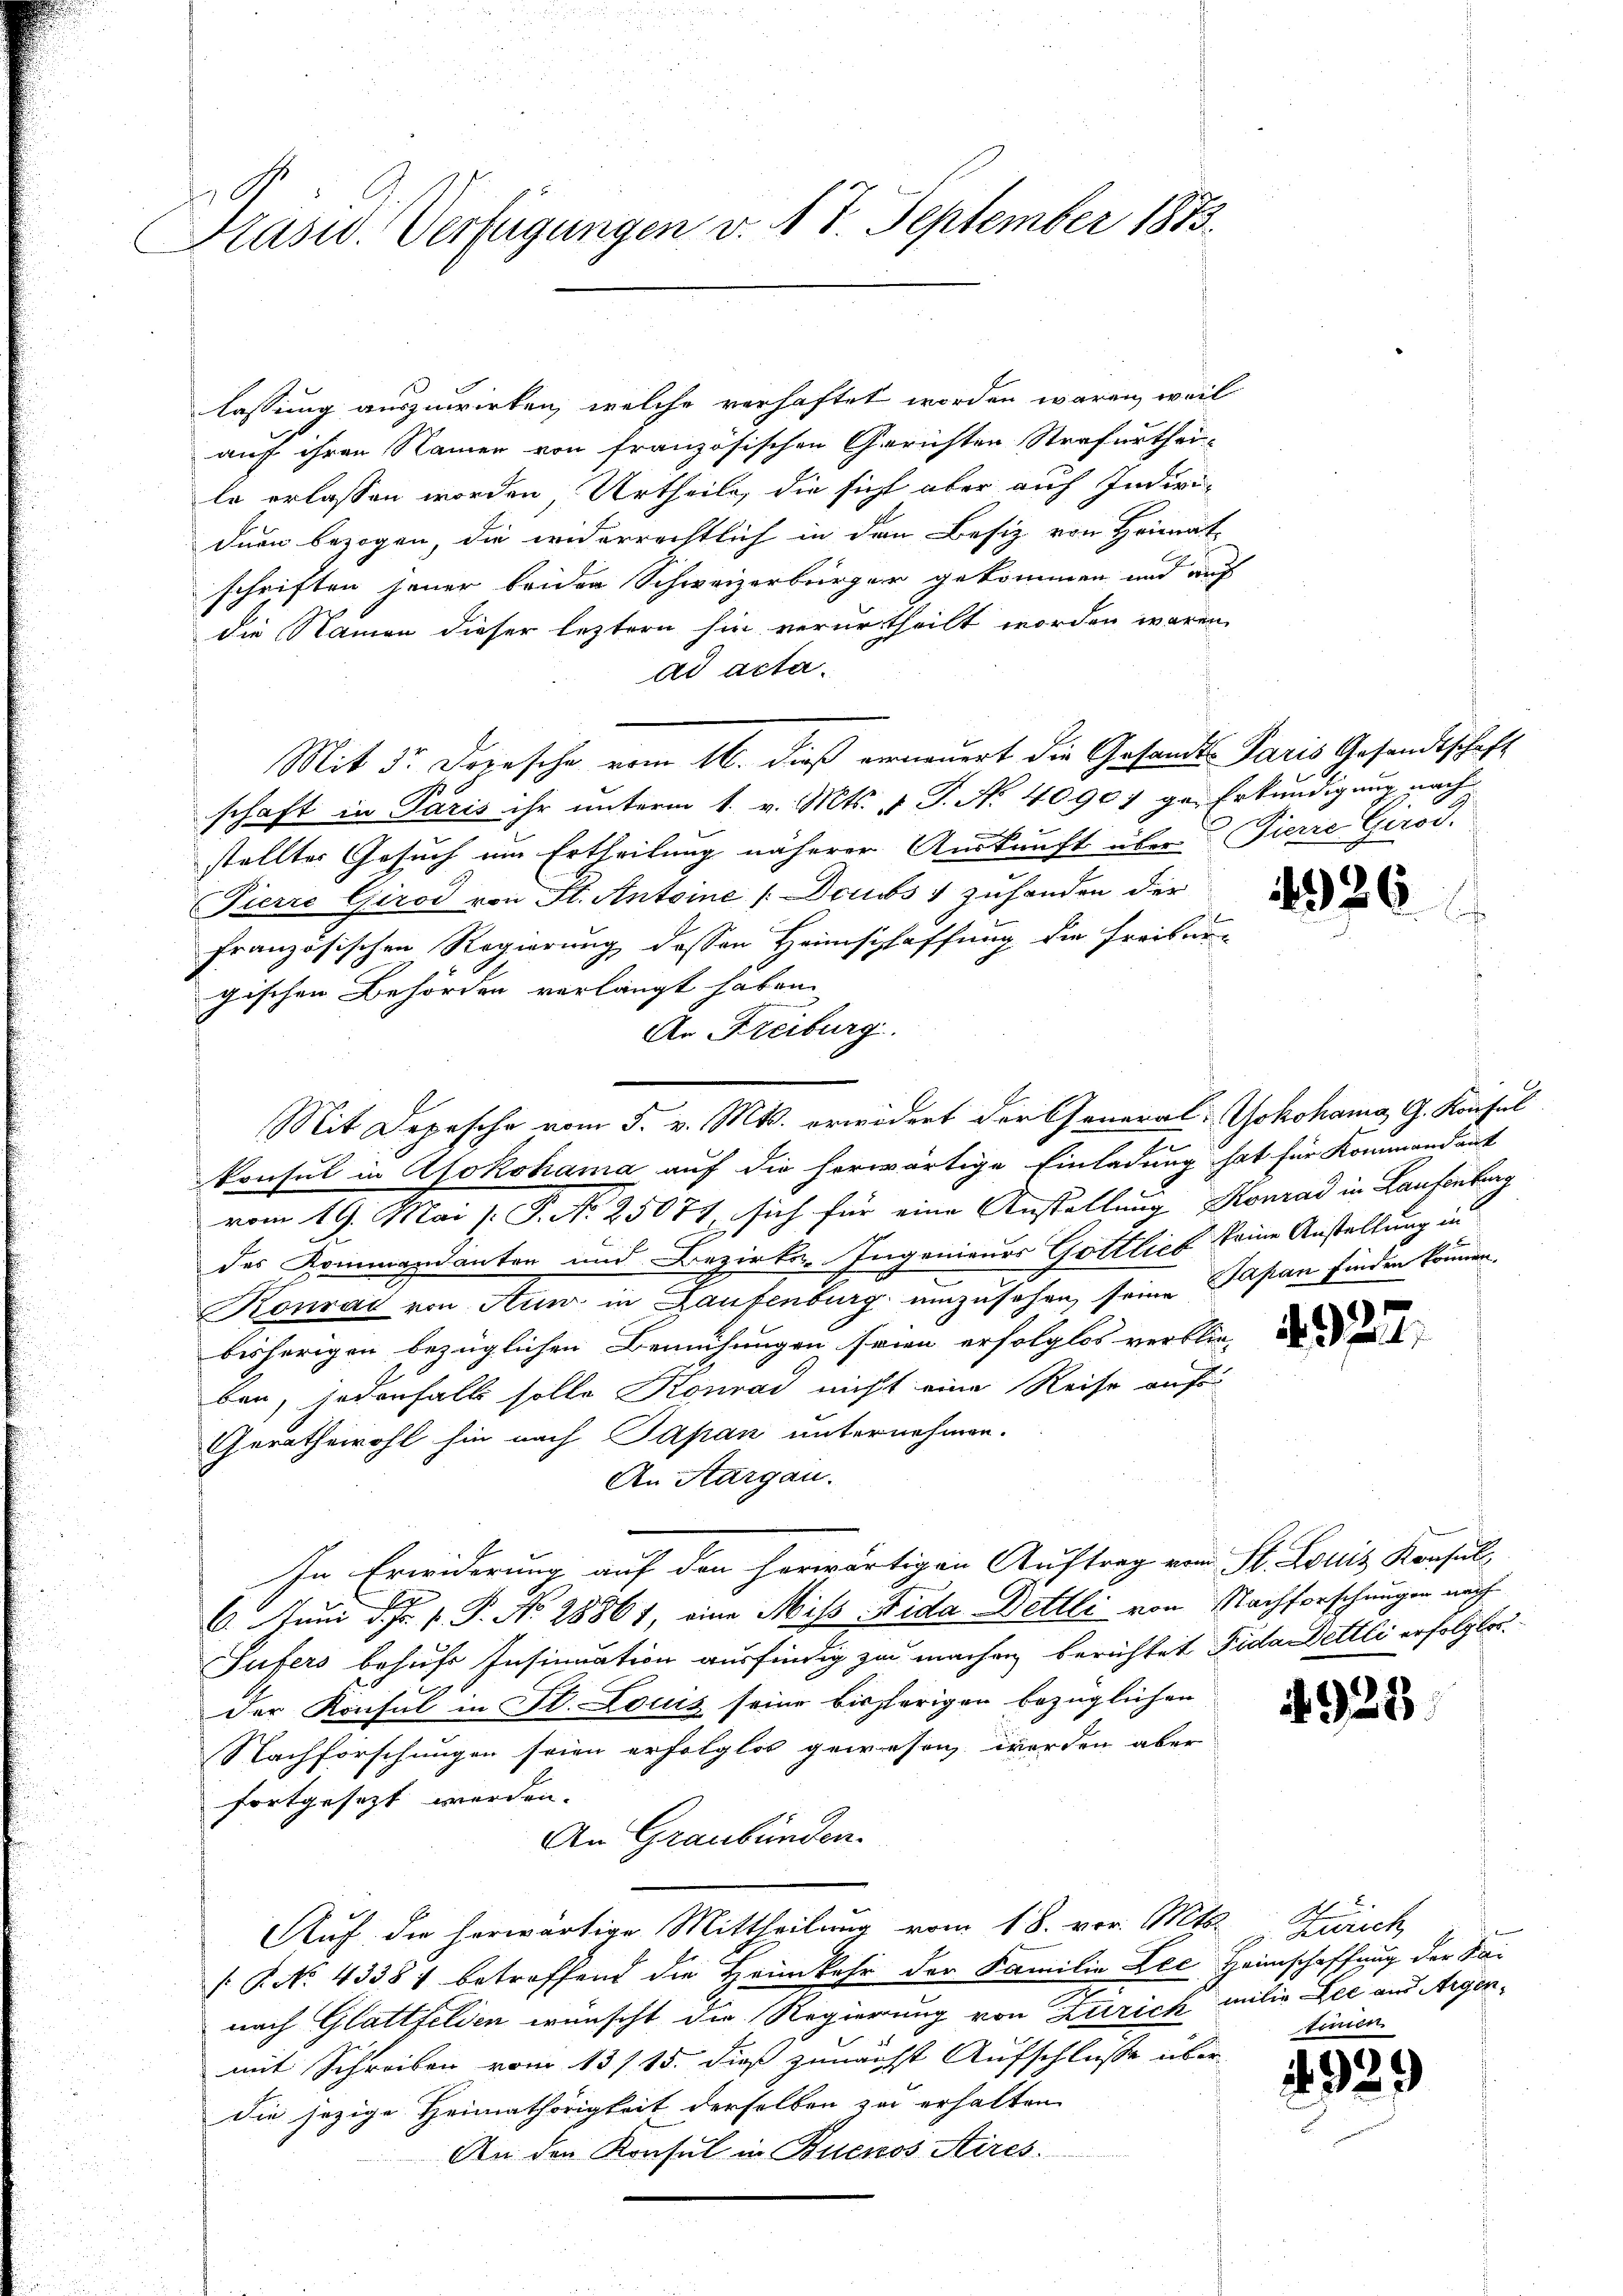
Präsid. Verfügungen v. 17. September 1873.

lassung auszuwirken, welche verhaftet worden wären, weil
auf ihren Namen von französischen Gerichten Strafurtheile erlassen worden Urtheile, die sicht aber auch Indivi-
duen bezogen, die widerrechtlich in den Besiz von Heimat-
schriften jener beiden Schweizerbürger gekommen und auf
die Namen dieser leztern sie verurtheilt worden wären
ad acta.
Mit Sr. Driesche vom 16. dieß erneuert die Gesandts Paris Gesandtschaft
schaft in Paris ihr unterm 1. v. Mts. v. J. N. 40907 ge-Erkundigung nach
stellter Gesuch um Ertheilung näherer Auskunft über Tierie Gerod.
Pierre Girod von St. Antone (Doubs + zuhanden der
französischen Regierung dessen Heimschaffung die Freiser-
gischen Behörden verlangt haben
An Freiburg.
konsul in Alokohama auf die herwärtige Einladung hat für Kommandant
vom 19. Mai [ P. Nr. 25071, sich für eine Anstellung Konrad in Laufenburg
das Kommandanten und Bezirks-Ingenieurs Gottlich keine Anstellung in
Konrad von Aunz in Laufenburg umzusehen, seine Japan finden können.
bisherigen bezüglichen Bemühungen seien erfolglos verblie
ben, jedenfalls solle Konrad nicht eine Reise auf
Gerathswohl sie nach Papan unternehmen.
An Aargau.
In Erwiderung auf den herwärtigen Auftrag vom St. Louis Konsul
6 Juni d. Fr. 1. P. No 28861, eine Miss-Tida Bettli von Nachforschungen nach
Sufers behufs Insinuation ausfindig zu machen berichtet Fida Detlli erfolglos.
der Konsul in St. Louis seine bisherigen bezüglichen
Nachforschungen seien erfolglos gewesen worden aber
fortgesezt werden. |
An Graubünden.
Auch die herwärtige Mittheilung vom 18. vor. Mts. Zürich
(P No 43381 betreffend die Heimkehr der Familie Lec Heimschaffung der Sai
nach Glattfelden wünscht die Regierung von Zürich milia Lee aus Argenmit Schreiben vom 13/15. dieß zunächst Aufschlusse über-
die jezige Heimathörigkeit derselben zu erhalten
An den Konsul in Buenos Aires.

Mit Depesche vom 5. v. Mts. erwidert der General-Yokohama, G. Konsul

4926.

4925

.
 323